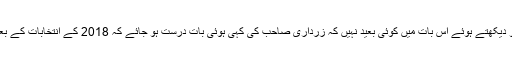
زرداری صاحب کی سیاسی دانشمندی کو دیکھتے ہوئے اس بات میں کوئی بعید نہیں کہ زرداری صاحب کی کہی ہوئی بات درست ہو جائے کہ 2018 کے انتخابات کے بعد انکی مرضی کا ہی وزیراعظم بنے گا۔